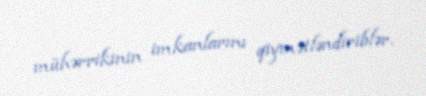
mühərrikinin imkanlarını qiymətləndiriblər.